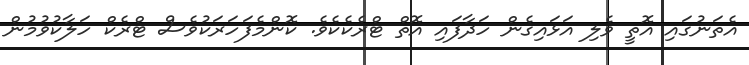
އެތަނުގައި އޮތީ ވެލި އަޅައިގެން ހަދާފައި އޮތް ޓްރެކެކެވެ. ކޮންމެފަހަރަކުވެސް ޓްރެކް ހަލާކުވުމުން